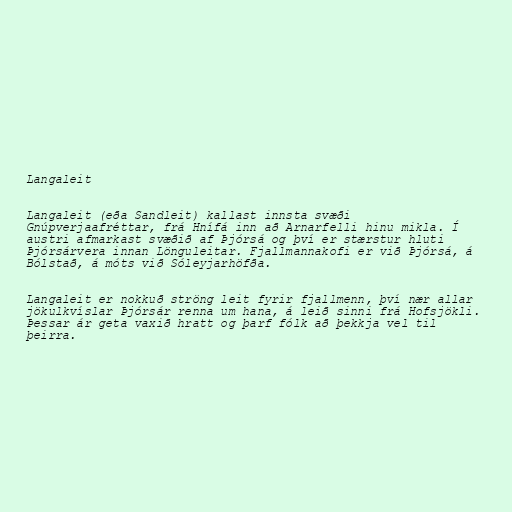
Langaleit

Langaleit (eða Sandleit) kallast innsta svæði
Gnúpverjaafréttar, frá Hnífá inn að Arnarfelli hinu mikla. Í
austri afmarkast svæðið af Þjórsá og því er stærstur hluti
Þjórsárvera innan Lönguleitar. Fjallmannakofi er við Þjórsá, á
Bólstað, á móts við Sóleyjarhöfða.

Langaleit er nokkuð ströng leit fyrir fjallmenn, því nær allar
jökulkvíslar Þjórsár renna um hana, á leið sinni frá Hofsjökli.
Þessar ár geta vaxið hratt og þarf fólk að þekkja vel til
þeirra.